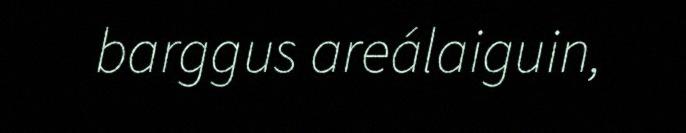
barggus areálaiguin,